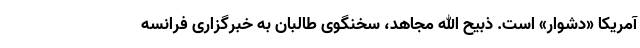
آمریکا «دشوار» است. ذبیح الله مجاهد، سخنگوی طالبان به خبرگزاری فرانسه